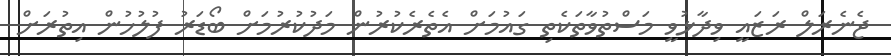
ޖެނެރަލް ރަޒައީ ވިދާޅުވީ މަސްތުވާތަކެތި ގައުމަށް އެތެރެކުރުން މަދުކުރުމަށް ބޯޑަރު ފުލުހުން އިތުރަށް